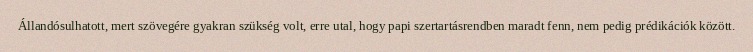
Állandósulhatott, mert szövegére gyakran szükség volt, erre utal, hogy papi szertartásrendben maradt fenn, nem pedig prédikációk között.